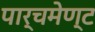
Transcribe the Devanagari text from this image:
पार्चमेण्ट